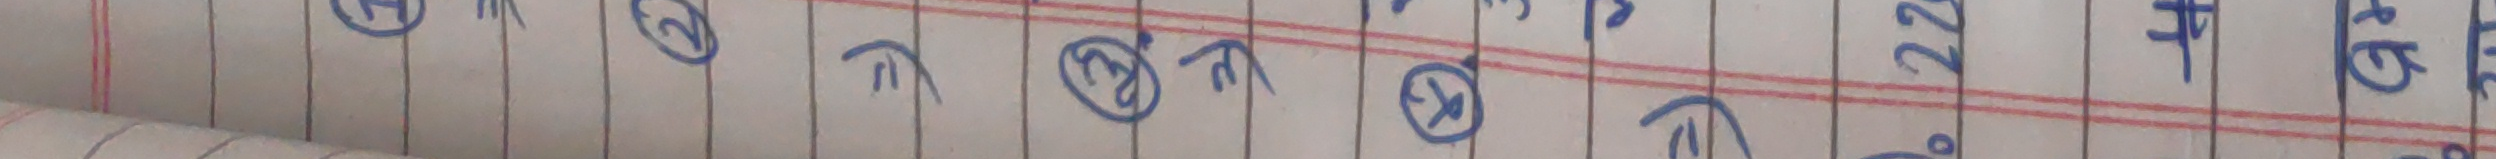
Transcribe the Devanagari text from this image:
९२७ र ५५